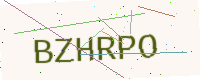
Text: BZHRPO